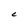
Character: C